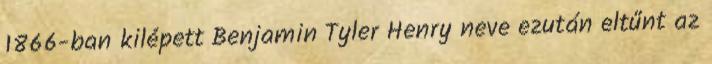
1866-ban kilépett Benjamin Tyler Henry neve ezután eltűnt az